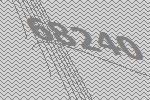
68240